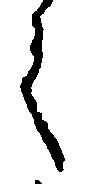
く